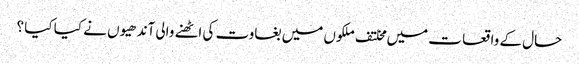
حال کے واقعا ت میں مخلتف ملکوں میں بغاوت کی اٹھنے والی آندھیوں نے کیا کیا ؟